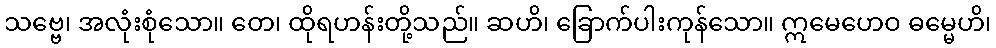
သဗ္ဗေ၊ အလုံးစုံသော။ တေ၊ ထိုရဟန်းတို့သည်။ ဆဟိ၊ ခြောက်ပါးကုန်သော။ ဣမေဟေဝ ဓမ္မေဟိ၊